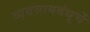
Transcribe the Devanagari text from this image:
व्यवसायबंधूचें